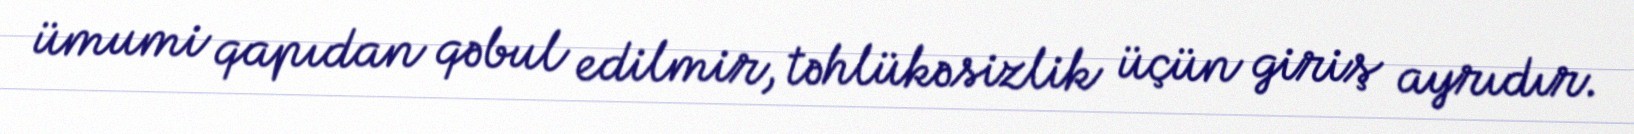
ümumi qapıdan qəbul edilmir, təhlükəsizlik üçün giriş ayrıdır.